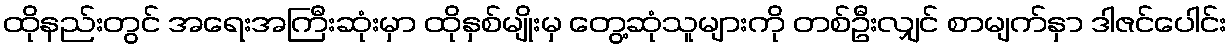
ထိုနည်းတွင် အရေးအကြီးဆုံးမှာ ထိုနှစ်မျိုးမှ တွေ့ဆုံသူများကို တစ်ဦးလျှင် စာမျက်နှာ ဒါဇင်ပေါင်း